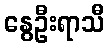
နွေဦးရာသီ